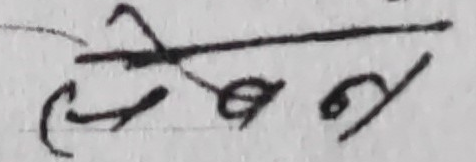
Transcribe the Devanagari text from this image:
लेखन